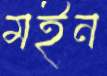
মইন